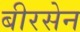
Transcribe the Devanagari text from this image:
बीरसेन